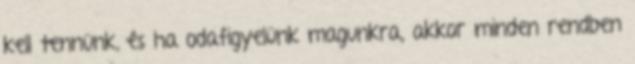
kell tennünk, és ha odafigyelünk magunkra, akkor minden rendben